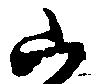
山